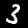
Digit: 3